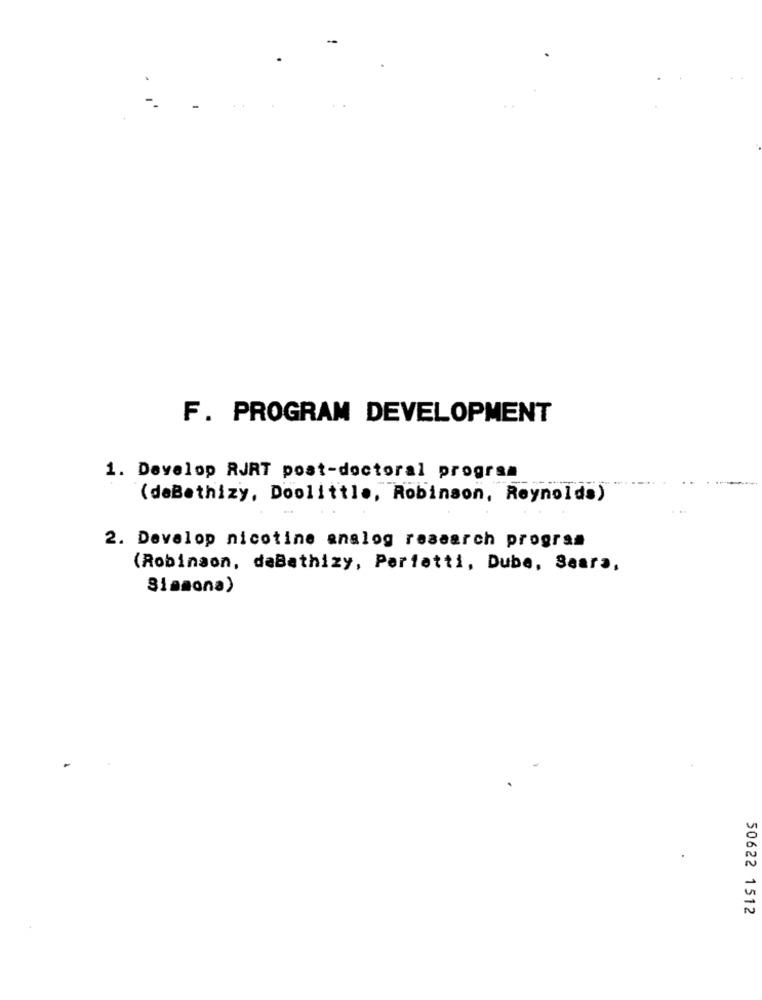
F. PROGRAM DEVELOPMENT
1. Develop RJRT post-doctoral program
(deBethizy, Doolittle, Robinson, Reynolds)
2. Develop nicotine analog research program
(Robinson, daBathizy, Parfatti, Dube, Sears,
Siamona)
50622 1512